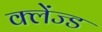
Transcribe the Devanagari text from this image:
क्लेंज्ड